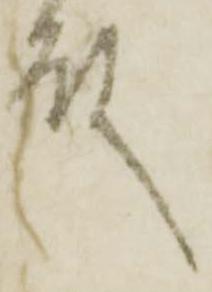
殿